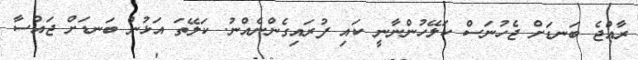
ރާއްޖެ ބަނޑަށް ޖެހުނަސް ކަލޭހުންނާނީ ކައި ފުރައިގެންނެއްނު. ކަލޭތަ އަޅުން ބަނޑަށް ޖައްސާ